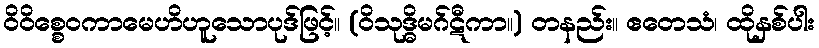
ဝိဝိစ္စေဝကာမေဟိဟူသောပုဒ်ဖြင့်။ (ဝိသုဒ္ဓိမဂ်ဋီကာ။) တနည်း။ ဧတေသံ၊ ထိုနှစ်ပါး